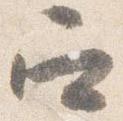
召